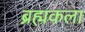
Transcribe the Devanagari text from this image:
ब्रह्मकला